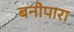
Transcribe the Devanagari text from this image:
बनीपारा